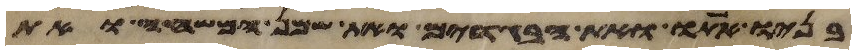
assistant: בניו אתו ואת הבגדים ואת שמן המשחה ואת